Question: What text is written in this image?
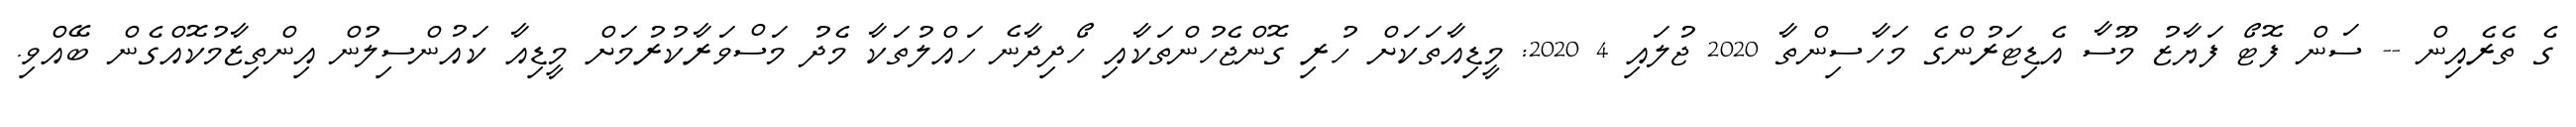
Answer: ގެ ތެރެއިން -- ސަން ފޮޓޯ ފަޔާޒު މޫސާ އެޑިޓަރުންގެ މަހާސިންތާ 2020 ޖުލައި 4 2020: މީޑިއާތަކަށް ހުރި ގޮންޖެހުންތަކާއި ހޯދިދާނެ ހައްލުތަކާ މެދު މަސްވަރާކުރުމަށް މީޑިއާ ކައުންސިލުން އިންތިޒާމުކޮއްގެން ބޭއްވި.